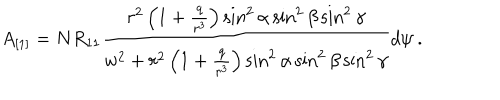
A _ { [ 1 ] } = N R _ { 1 1 } \frac { r ^ { 2 } \left( 1 + \frac { q } { r ^ { 3 } } \right) \sin ^ { 2 } \alpha \sin ^ { 2 } \beta \sin ^ { 2 } \gamma } { w ^ { 2 } + r ^ { 2 } \left( 1 + \frac { q } { r ^ { 3 } } \right) \sin ^ { 2 } \alpha \sin ^ { 2 } \beta \sin ^ { 2 } \gamma } d \psi \ .